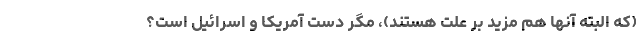
(که البته آنها هم مزید بر علت هستند)، مگر دست آمریکا و اسرائیل است؟